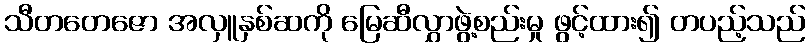
သီတတေဇော အလှူနှစ်ဆကို မြေဆီလွှာဖွဲ့စည်းမှု ဖွင့်ထား၍ တပည့်သည်